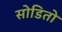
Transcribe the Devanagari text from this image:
सोडितो